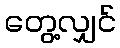
တွေ့လျှင်